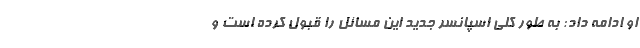
او ادامه داد: به طور کلی اسپانسر جدید این مسائل را قبول کرده است و